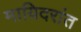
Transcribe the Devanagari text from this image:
मायिदरांत